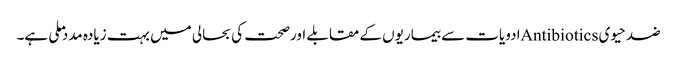
ضد حیوی Antibioticsادویات سے بیماریوں کے مقابلے اورصحت کی بحالی میں بہت زیادہ مدد ملی ہے۔